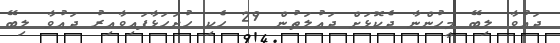
ދައުވާ ލިބޭ މީހުންނާ ދެކޮޅަށް ދައުލަތުން 29 ހެކި ހުށަހަޅާފައިވާއިރު ދައުވާ ލިބޭ